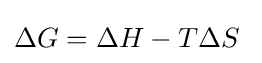
\Delta G=\Delta H-T\Delta S\